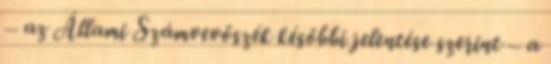
– az Állami Számvevőszék későbbi jelentése szerint – a